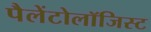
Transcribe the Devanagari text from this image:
पैलेंटोलॉजिस्ट